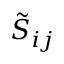
\tilde { S } _ { i j }